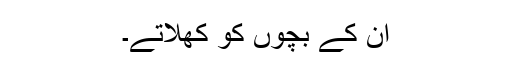
ان کے بچوں کو کھلاتے۔